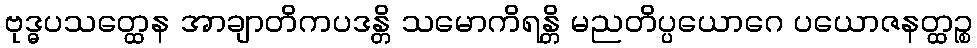
ဗုဒ္ဓပသတ္ထေန အာချာတိကပဒန္တိ သမောကိရန္တိ မညတိပ္ပယောဂေ ပယောဇနတ္ထဉ္စ